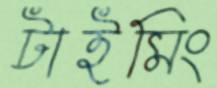
টাইমিং